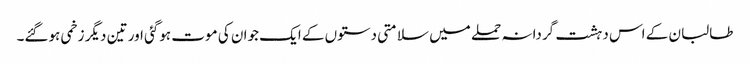
طالبان کے اس دہشت گردانہ حملے میں سلامتی دستوں کے ایک جوان کی موت ہوگئی اور تین دیگر زخمی ہوگئے۔